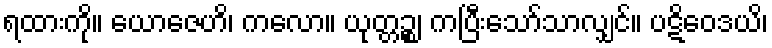
ရထားကို။ ယောဇေဟိ၊ ကလော။ ယုတ္တဉ္စ၊ ကပြီးသော်သာလျှင်။ ပဋိဝေဒယိ၊